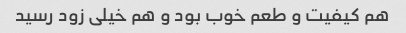
هم کیفیت و طعم خوب بود و هم خیلی زود رسید